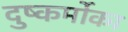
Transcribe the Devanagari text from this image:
दुष्कर्मोका